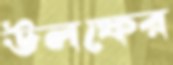
উলফের